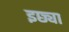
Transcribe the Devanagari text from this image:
इछ्या